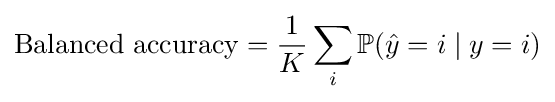
\mathrm {Balanced\ accuracy} ={\frac {1}{K}}\sum _{i}\mathbb {P} ({\hat {y}}=i\mid y=i)